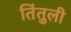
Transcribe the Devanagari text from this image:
तिंतुली